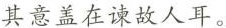
其意盖在谏故人耳。